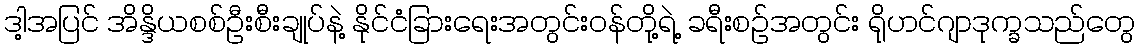
ဒါ့အပြင် အိန္ဒိယစစ်ဦးစီးချုပ်နဲ့ နိုင်ငံခြားရေးအတွင်းဝန်တို့ရဲ့ ခရီးစဉ်အတွင်း ရိုဟင်ဂျာဒုက္ခသည်တွေ